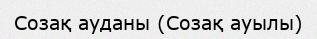
Созақ ауданы (Созақ ауылы)